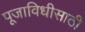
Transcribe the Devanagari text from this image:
पूजाविधीसाठी